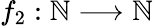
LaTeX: f_{2}:\mathbb{N}\longrightarrow\mathbb{N}